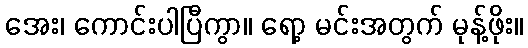
အေး၊ ကောင်းပါပြီကွာ။ ရော့ မင်းအတွက် မုန့်ဖိုး။